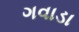
ગવાડા